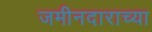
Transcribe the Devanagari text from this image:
जमीनदाराच्या